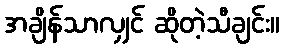
အချိန်သာလျှင် ဆိုတဲ့သီချင်း။